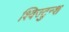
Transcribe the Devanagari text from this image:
श्विज्टुन्श